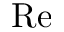
\mathrm { R e }